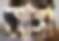
আঙ্গা